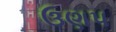
ઉણપ